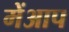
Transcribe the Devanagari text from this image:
मेंआप